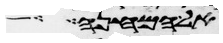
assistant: אל המחנה